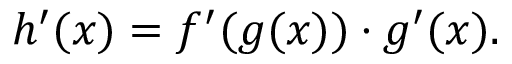
h ^ { \prime } ( x ) = f ^ { \prime } ( g ( x ) ) \cdot g ^ { \prime } ( x ) .